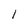
Character: 1